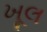
ખૂલ